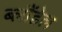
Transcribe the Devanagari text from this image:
ब्लौंडेल